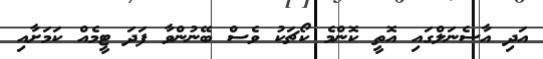
އަދި އާސެނަލްގައި އޮތީ ކޮންމެ ކޯޗަކު ވެސް ބޭނުންވާ ފަދަ ޓީމެއް ކަމަށާއި